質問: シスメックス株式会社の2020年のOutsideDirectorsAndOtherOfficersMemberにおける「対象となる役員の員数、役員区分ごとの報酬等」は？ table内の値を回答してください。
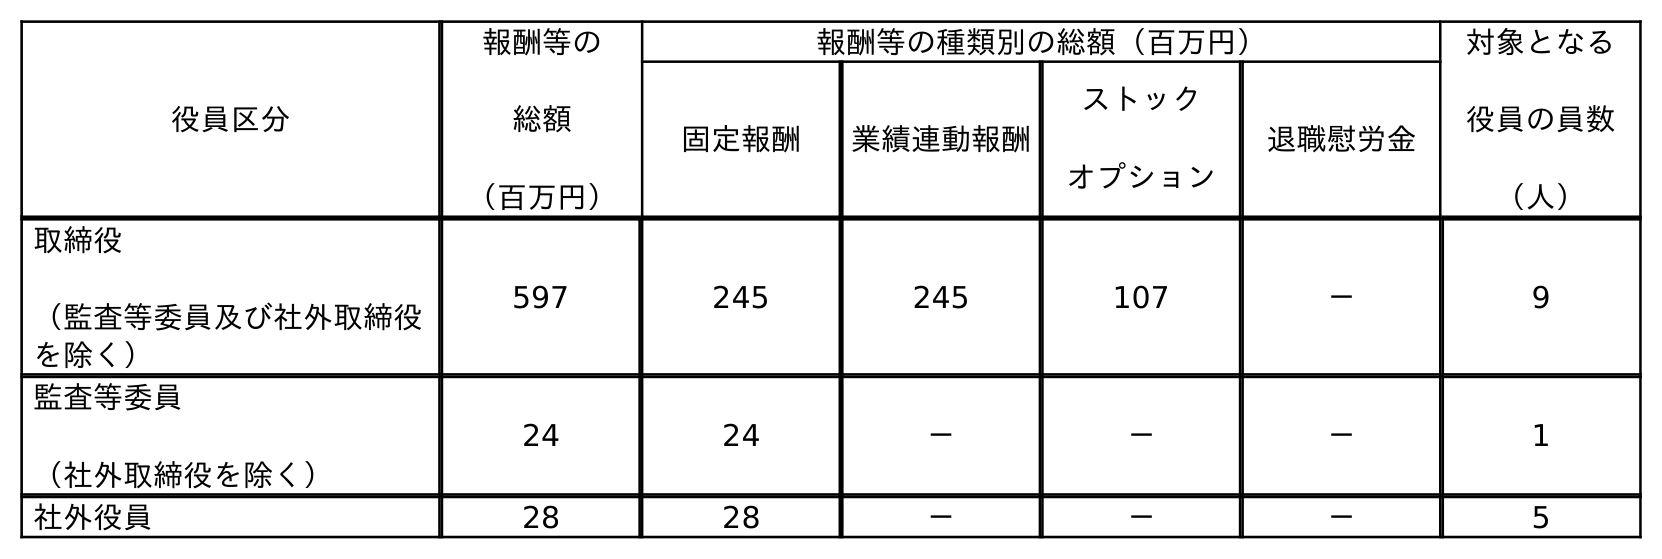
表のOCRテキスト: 役員区分 報酬等の 総額 （百万円） 報酬等の種類別の総額（百万円） 対象となる 役員の員数 （人） 固定報酬 業績連動報酬 ストック オプション 退職慰労金 取締役 （監査等委員及び社外取締役 を除く） 597 245 245 107 － 9 監査等委員 （社外取締役を除く） 24 24 － － － 1 社外役員 28 28 － － － 5
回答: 5